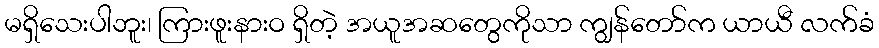
မရှိသေးပါဘူး၊ ကြားဖူးနားဝ ရှိတဲ့ အယူအဆတွေကိုသာ ကျွန်တော်က ယာယီ လက်ခံ